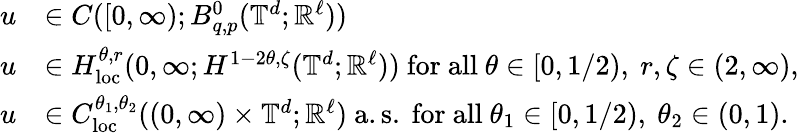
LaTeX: \begin{array}{rl}{u}&{\in C([0,\infty);B_{q,p}^{0}(\mathbb{T}^{d};{\mathbb R}^{\ell}))}\\ {u}&{\in H_{\mathrm{loc}}^{\theta,r}(0,\infty;H^{1-2\theta,\zeta}(\mathbb{T}^{d};{\mathbb R}^{\ell}))\ \mathrm{for~all~}\theta\in[0,1/2),\ r,\zeta\in(2,\infty),}\\ {u}&{\in C_{\mathrm{loc}}^{\theta_{1},\theta_{2}}((0,\infty)\times\mathbb{T}^{d};{\mathbb R}^{\ell})\ \mathrm{a.s.\ }\mathrm{for~all~}\theta_{1}\in[0,1/2),\ \theta_{2}\in(0,1).}\end{array}